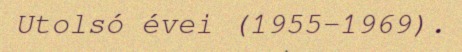
Utolsó évei (1955–1969).